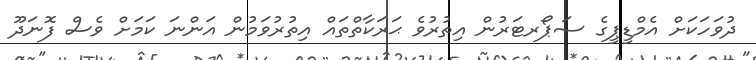
ދުވަހަކަށް އެމްޑީޕީގެ ސަޕޯރޓަރުން އިތުރުވެ ޙަރަކާތްތައް އިތުރުވަމުން އަންނަ ކަމަށް ވެސް ފޮނަދޫ